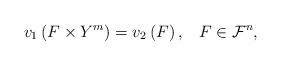
LaTeX: \begin{align*} v_1\left(F\times Y^m\right) = v_2 \left(F\right), \;\;\; F\in \mathcal{F}^n, \end{align*}